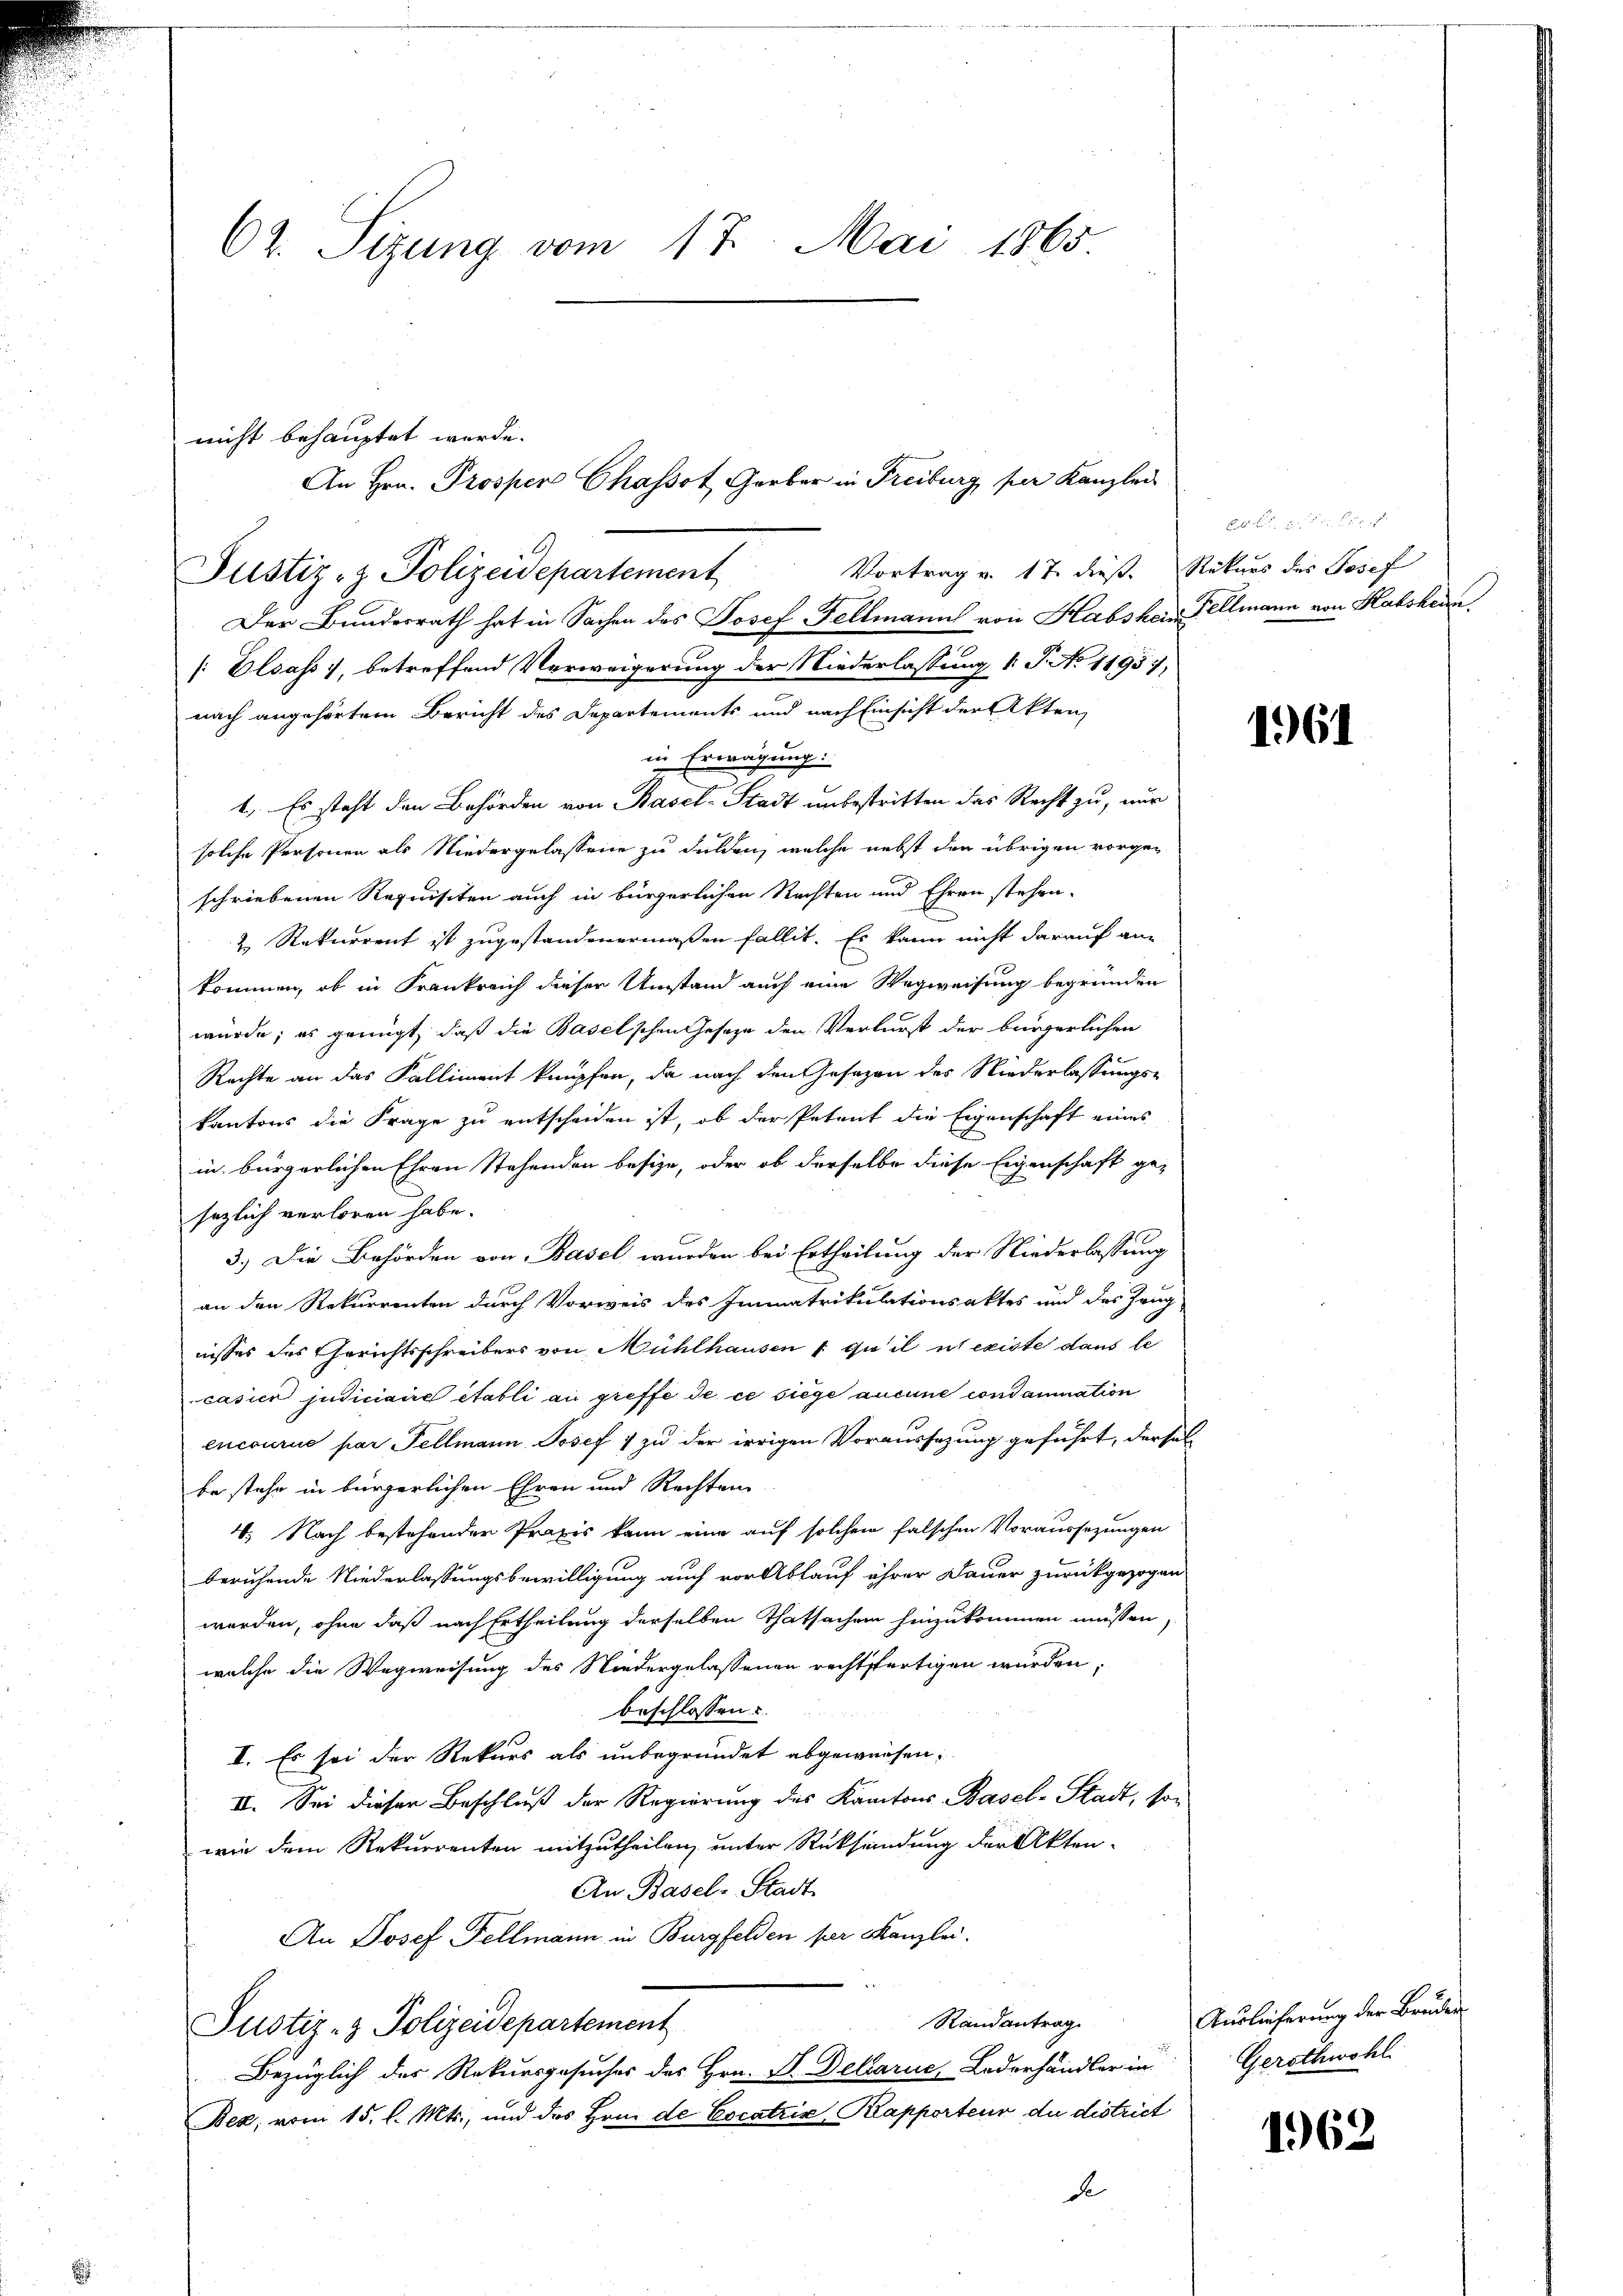
62. Sizung vom 17. Mai 1865.

nicht behauptet werde.
Vortrag v. 17. dieß. Rekurs des Josef
Der Bundesrath hat in Sachen des Josef Fellmann von Habshar Fellmann von Habskenn
[Elsass, betreffend Verweigerung der Niederlassung 1. P. No 11957,
nach angehörtem Bericht des Departements und nach Einsicht der Akten,
in Erwägung:
1. Es steht den Behörden von Basel-Stadt unbestritten das Recht zu, nur
solche Personen als Niedergelassene zu dulden, welche nebst den übrigen vorgeschriebenen Requisiten auch in bürgerlichen Rechten und Ehren stehen.
2 Rekurrent ist zugestandenermaßen fallit. Es kann nicht darauf an
kommen, ob in Frankreich dieser Umstand auch eine Wegweisung begründen
würde; es genügt, daß die Baselschen Gesetze den Verlurst der bürgerlichen
Rechte an das Kalliment knüpfen, da nach den Gesezen des Niederlassungs-
kantons die Frage zu entscheiden ist, ob der Petent die Eigenschaft eines
in bürgerlichen Ehren Stehenden besize, oder ob derselbe diese Eigenschaft gesezlich verloren habe.
3.) Die Behörden von Basel wurden bei Ertheilung der Niederlassung
an den Rekurrenten durch Vorweis des Immatrikulationsaktes und des Zeug
nisses des Gerichtsschreibers von Mühlhausen /: qu’il et existe dans le
casien judiciaire établi au greffe de ce siege aucune condamnation
encourie par Fellmann Josef 7 zu der irrigen Voraussetzung geführt, dersel
be stehe in bürgerlichen Ehren und Rechten
4. Nach bestehenden Praxis kann eine auf solchem falschen Voraussezungen
beruhende Niederlassungsbewilligung auch vor Ablauf ihrer Dauer zurückgezogen
werden, ohne daß nach Ertheilung derselben Thatsachen hinzukommen müssen,
welche die Wegweisung des Niedergelassenen rechtsfertigen würden.
beschlossen u
I. Es sei der Rekurs als unbegründet abgewiesen.
IV. Sei dieser Beschluß der Regierung des Kantons Basel-Stadt, so-
wie dem Rekurrenten mitzutheilen, unter Rücksendung der Akten¬
An Basel-Stadt
An Josef Fellmann in Burgfelden per Kanzlei.
Randantrag
Justiz- & Polizeidepartement
Bezüglich der Rekursgesuches des Hrn. V. Dellarie, Lederhändler in
Bez, vom 15. l. Mts., und das Herr de Cocatris Kapporteur du district
de

Justiz- & Polizeidepartement

An Hrn. Prosper Chassot, Gerber in Freiburg per Kanzlei

1

1961

Auslieferung der Bruder
Gerschwohl.

1962